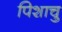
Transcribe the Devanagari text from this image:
पिशाचु